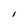
Character: l